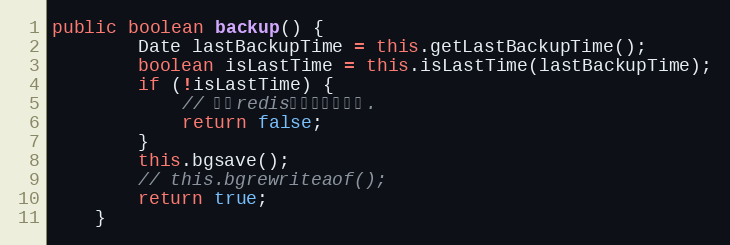
Language: Java
public boolean backup() {
		Date lastBackupTime = this.getLastBackupTime();
		boolean isLastTime = this.isLastTime(lastBackupTime);
		if (!isLastTime) {
			// 别的redis连接已经备份过.
			return false;
		}
		this.bgsave();
		// this.bgrewriteaof();
		return true;
	}